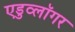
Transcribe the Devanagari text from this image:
एडुव्लॉगर